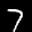
Label: 7